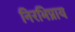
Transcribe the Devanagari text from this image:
निरभिप्राय